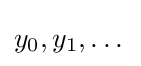
y_{0},y_{1},\dots